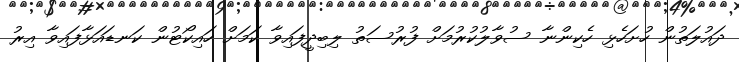
ދައުލަތުން ހުށަހެޅި ހެކިންނާ ސުވާލުކުރުމަށް ފުރުސަތު ލިބިދީފައިވާ ކަމަށް ހައިކޯޓުން ކަނޑައަޅާފައިވާ އިރު